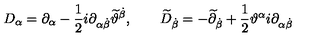
D _ { \alpha } = \partial _ { \alpha } - \frac { 1 } { 2 } i \partial _ { \alpha \dot { \beta } } \widetilde { \vartheta } ^ { \dot { \beta } } , \qquad \widetilde { D } _ { \dot { \beta } } = - \widetilde { \partial } _ { \dot { \beta } } + \frac { 1 } { 2 } \vartheta ^ { \alpha } i \partial _ { \alpha \dot { \beta } }